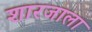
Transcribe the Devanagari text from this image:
शारजाला